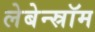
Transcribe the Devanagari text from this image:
लेबेन्स्रॉम